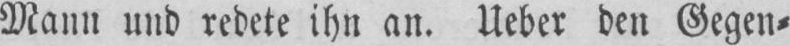
Mann und redete ihn an. Ueber den Gegen⸗